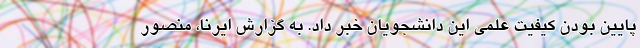
پایین بودن کیفیت علمی این دانشجویان خبر داد. به گزارش ایرنا، منصور